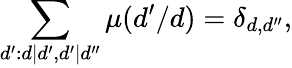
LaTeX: \sum_{d^{\prime}:d|d^{\prime},d^{\prime}|d^{\prime\prime}}\mu(d^{\prime}/d)=\delta_{d,d^{\prime\prime}},